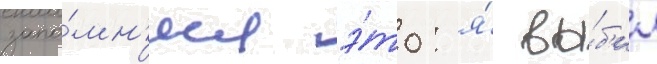
запо́мн'ил э́то: я́ вы́б'ил